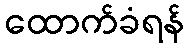
ထောက်ခံရန်